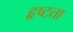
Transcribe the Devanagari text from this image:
हृष्टता